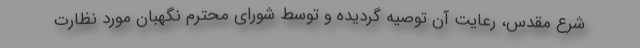
شرع مقدس، رعایت آن توصیه گردیده و توسط شورای محترم نگهبان مورد نظارت